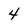
Character: 4